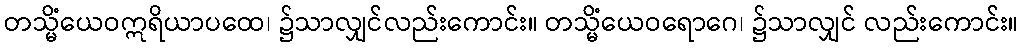
တသ္မိံယေဝဣရိယာပထေ၊ ၌သာလျှင်လည်းကောင်း။ တသ္မိံယေဝရောဂေ၊ ၌သာလျှင် လည်းကောင်း။